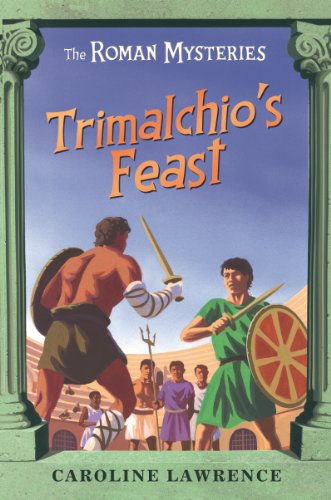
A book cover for Trimalchio's Feast and Other Mini-Mysteries (The Roman Mysteries); Caroline Lawrence; Teen & Young Adult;